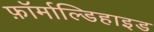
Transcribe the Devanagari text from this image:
फ़ॉर्माल्डिहाइड